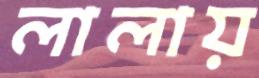
লালায়